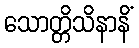
သောတ္တိသိနာနိံ